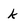
Character: k